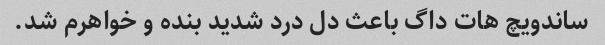
ساندویچ هات داگ باعث دل درد شدید بنده و خواهرم شد.